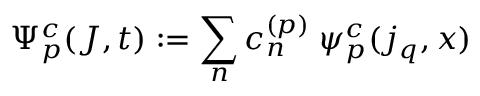
\Psi _ { p } ^ { c } ( J , t ) : = \sum _ { n } c _ { n } ^ { ( p ) } \; \psi _ { p } ^ { c } ( j _ { q } , x )